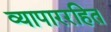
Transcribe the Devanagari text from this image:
व्यापाररहित